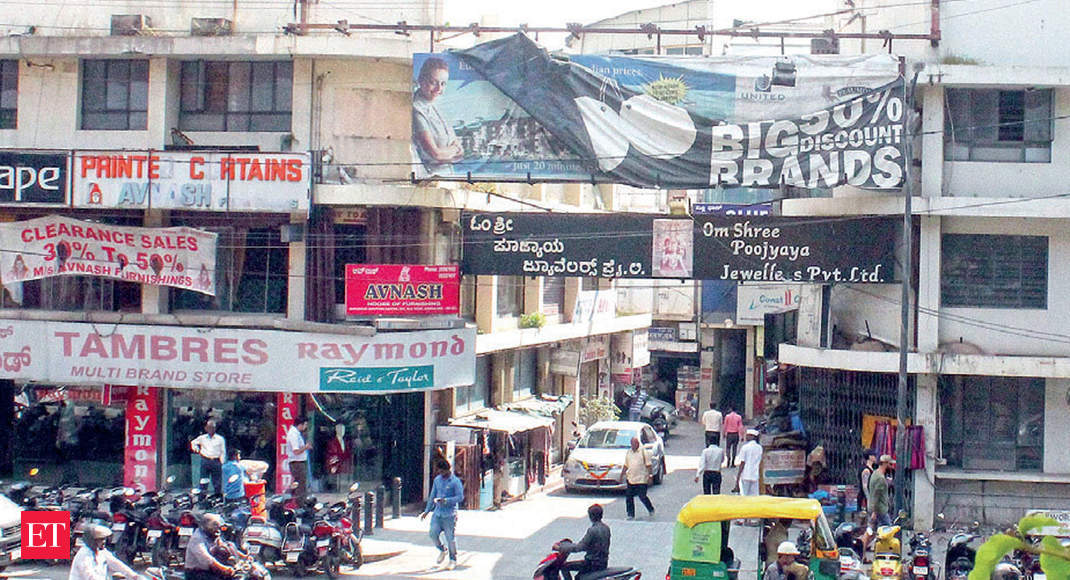
Language: kannada
Transcription: ಪೂಜ್ಯಾಯ ಜ್ಯೂವೆಲರ್ ಓಂ ಶ್ರೀ